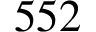
5 5 2